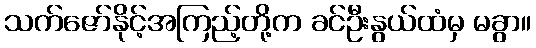
သက်ဇော်နိုင့်အကြည့်တို့က ခင်ဦးနွယ်ထံမှ မခွာ။